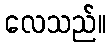
လေသည်။